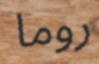
روما